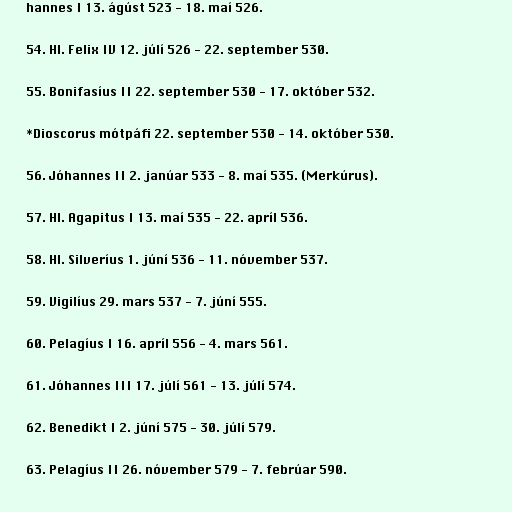
hannes I 13. ágúst 523 - 18. maí 526.

54. Hl. Felix IV 12. júlí 526 - 22. september 530.

55. Bonifasíus II 22. september 530 - 17. október 532.

*Dioscorus mótpáfi 22. september 530 - 14. október 530.

56. Jóhannes II 2. janúar 533 - 8. maí 535. (Merkúrus).

57. Hl. Agapitus I 13. maí 535 - 22. apríl 536.

58. Hl. Silveríus 1. júní 536 - 11. nóvember 537.

59. Vigilíus 29. mars 537 - 7. júní 555.

60. Pelagíus I 16. apríl 556 - 4. mars 561.

61. Jóhannes III 17. júlí 561 - 13. júlí 574.

62. Benedikt I 2. júní 575 - 30. júlí 579.

63. Pelagíus II 26. nóvember 579 - 7. febrúar 590.